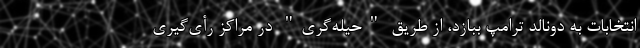
انتخابات به دونالد ترامپ ببازد، از طریق "حیله‌گری" در مراکز رأی‌گیری